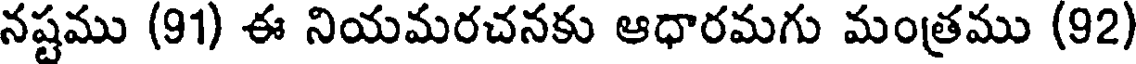
నష్టము (91) ఈ నియమరచనకు ఆధారమగు మంత్రము (92)